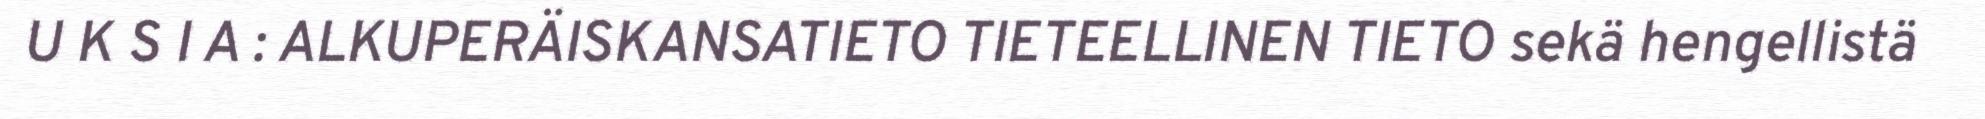
U K S I A : ALKUPERÄISKANSATIETO TIETEELLINEN TIETO sekä hengellistä